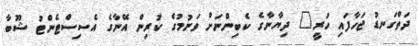
ދަތްގަނޑު ޖަހާފައި ހުރީ" ދިޔާނާގެ ކެބިންނަށް ވަނުމުގެ ކުރިން އޭނާގެ އެސިސްޓެންޓު ޝޫބާ